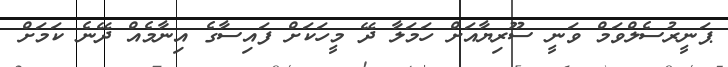
ޕަނީރުސެލްވަމް ވަނީ ސޫރިޔާއަށް ހަމަލާ ދޭ މީހަކަށް ފައިސާގެ އިނާމެއް ދޭނެ ކަމަށް